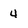
Character: 4